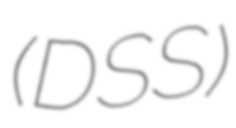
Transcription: (DSS)